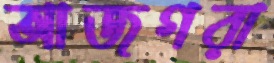
আজগরা